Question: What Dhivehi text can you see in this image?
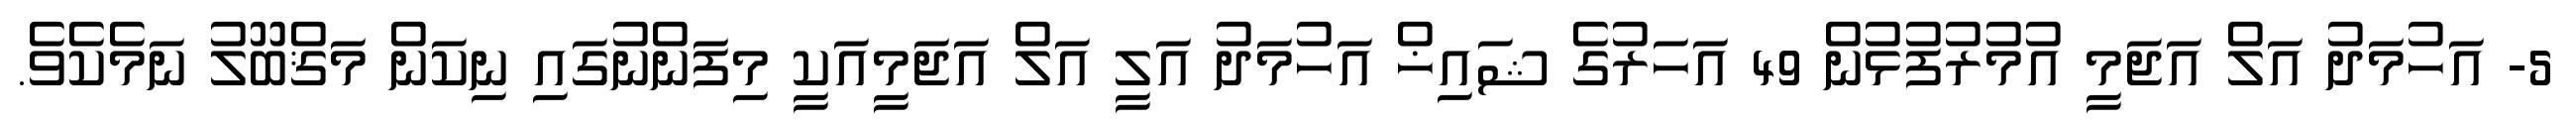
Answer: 5- އަހުމަދު އަލް އަޖަމީ އުމުރުފުޅުން 49 އަހަރުގެ ޝައިޚް އަހުމަދު އަލީ އަލް އަޖަމީއަކީ މިފަންނުގައި ނިކަން މަޤްބޫލު ނަމެކެވެ.